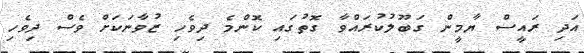
އަދި ރައީސް ޔާމީން ގަބޫލުކުރައްވާ ގޮތުގައި ކޮންމެ ދިވެހި ޒުވާނަކަށް ވެސް ދިވެހި